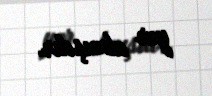
yer almışdır.